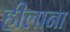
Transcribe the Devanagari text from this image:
हीलाना